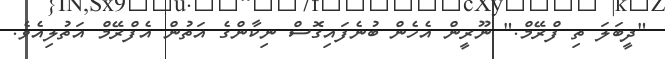
"ދީބަލަ ތި ފްރޭމް." ނޫރީން އެހެން ބުނެފައިގޮސް ނިކާންގެ އަތުން އެފްރޭމް އަތުލިއެވެ.